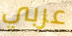
عربي